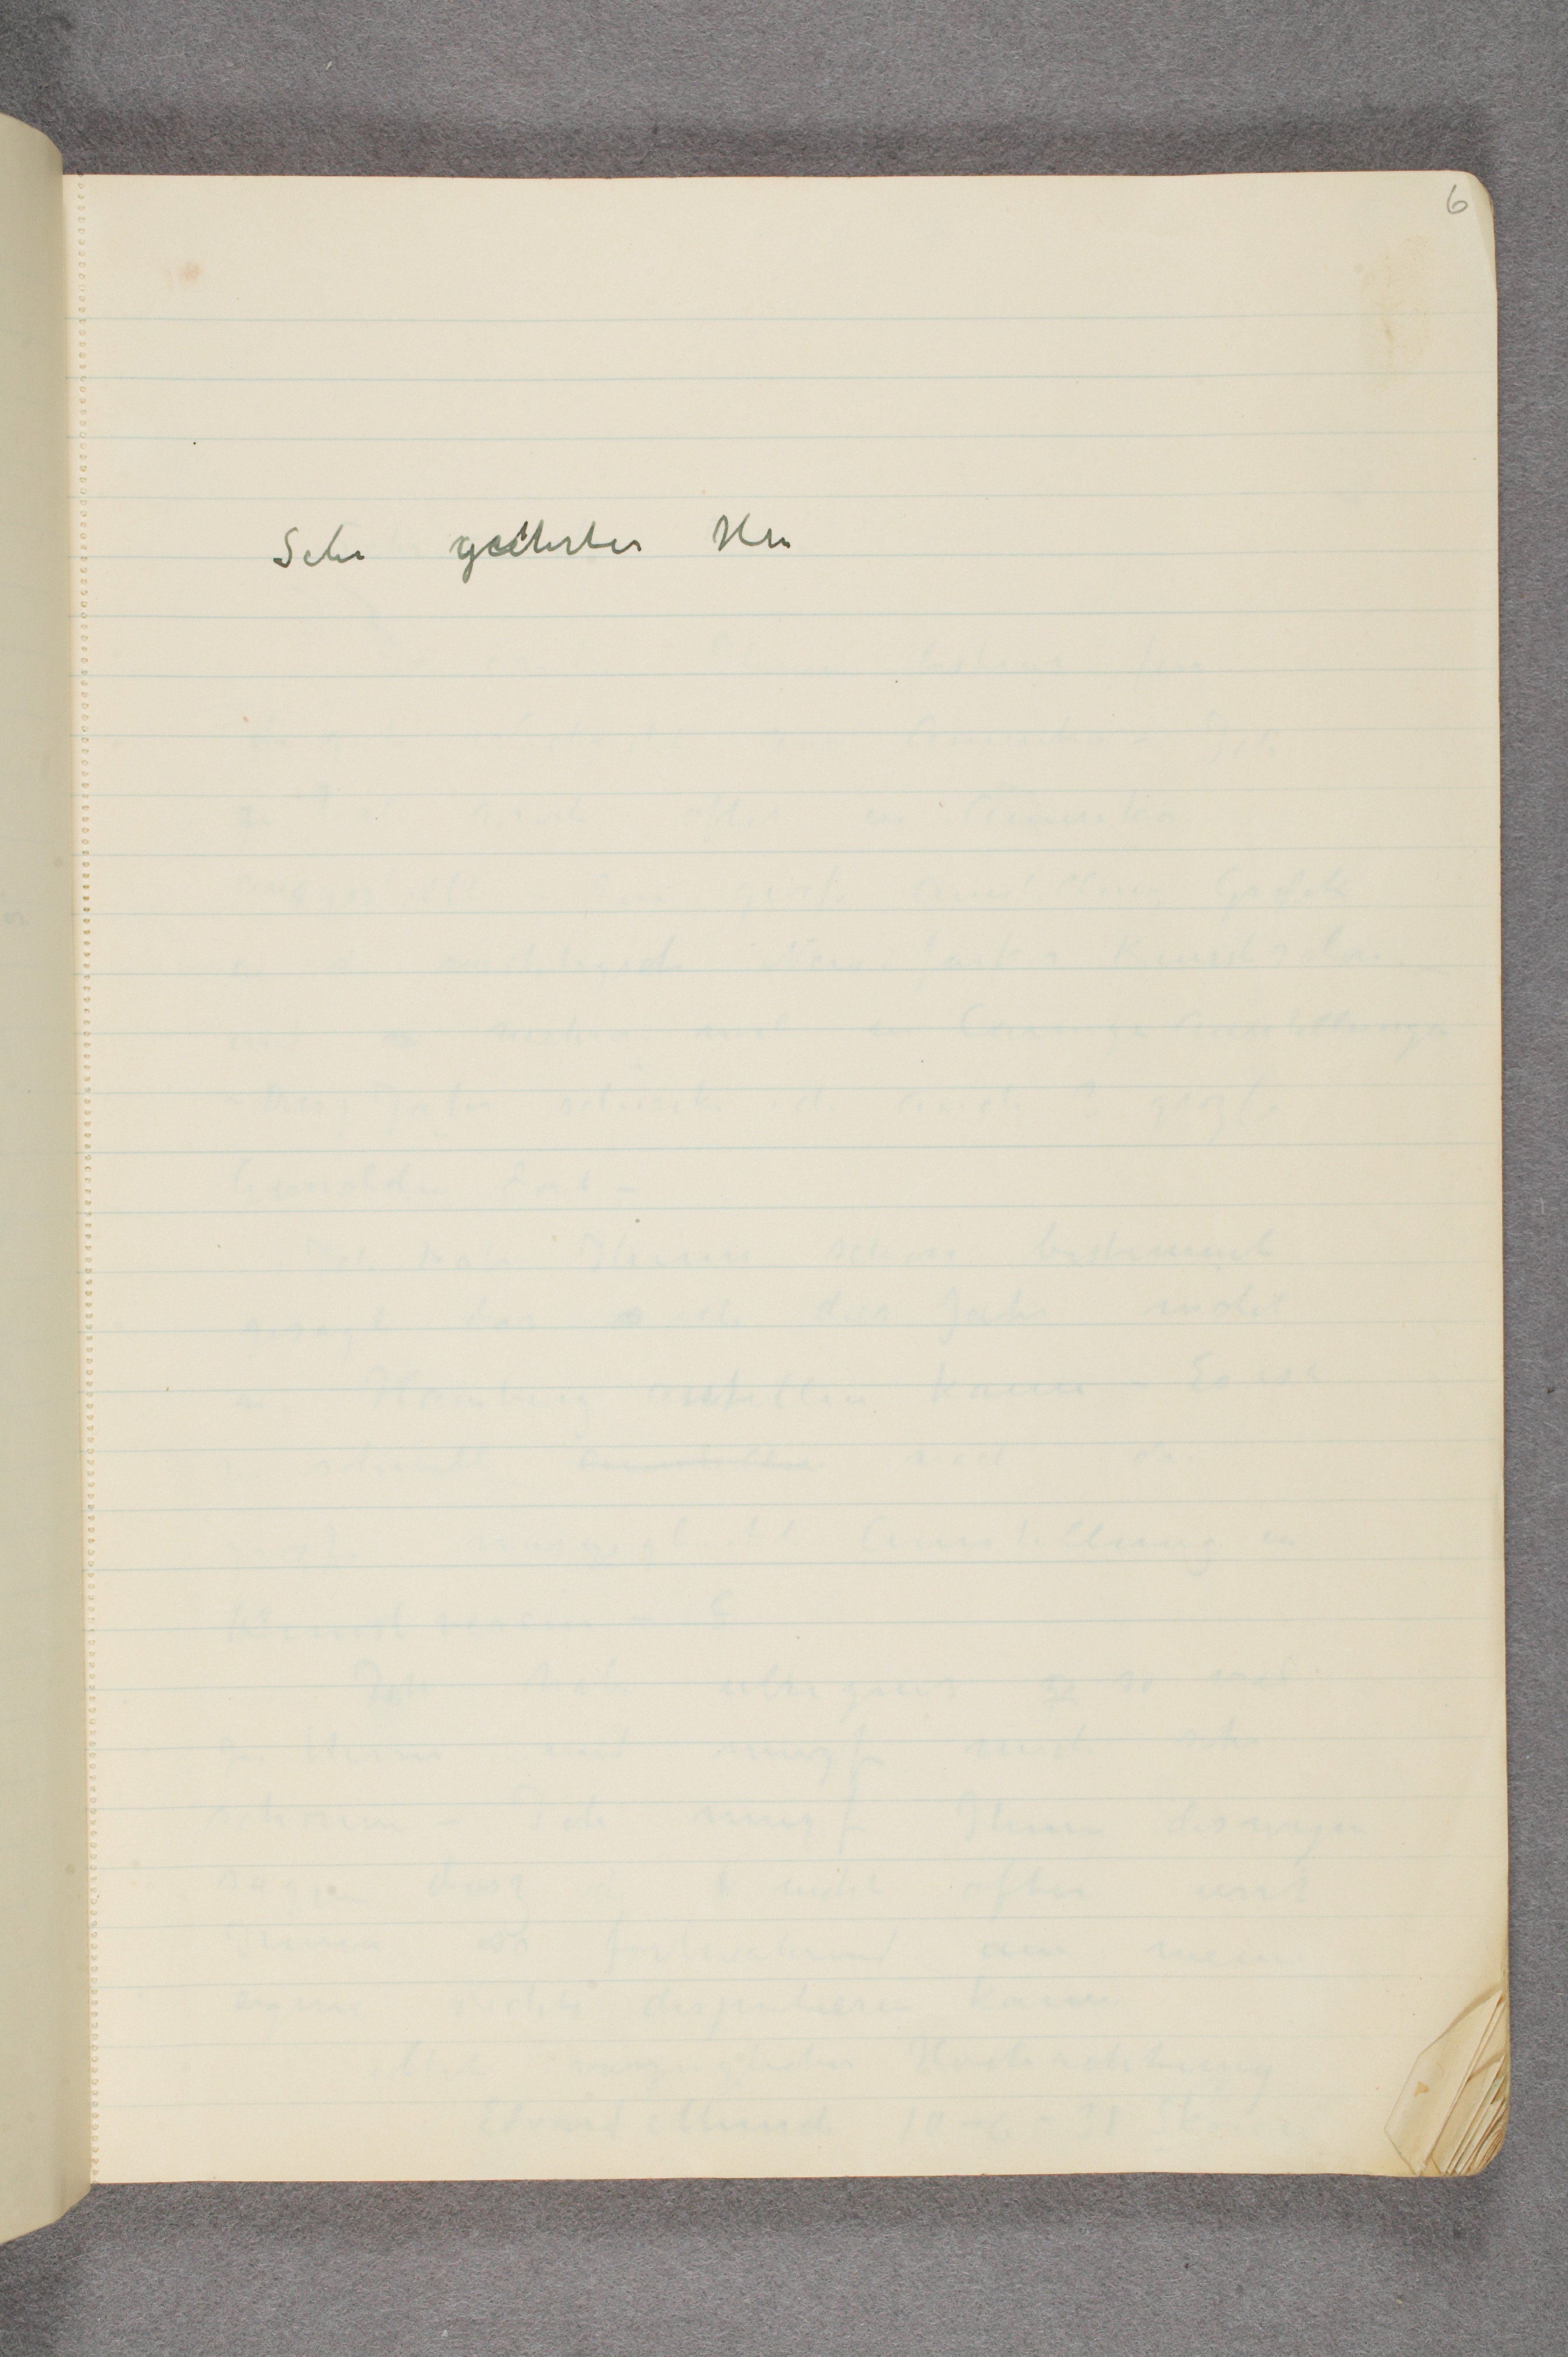
Sehr geehrter Hrr